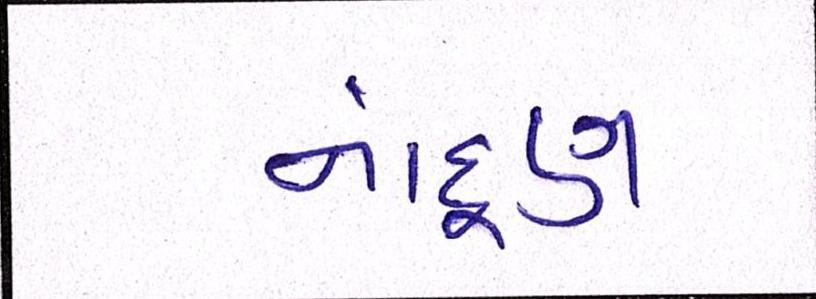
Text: નાંદૂણ